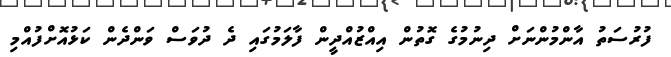
ފުރުސަތު އާންމުންނަށް ދިނުމުގެ ގޮތުން އިއްޒުއްދީން ފާލަމުގައި ދެ ދުވަސް ވަންދެން ކަޅުއޮށްފުއްމި